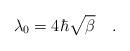
LaTeX: \begin{align*}\lambda_0 = 4 \hbar \sqrt{\beta} \quad . \end{align*}